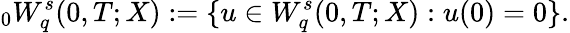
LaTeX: {}_{0}W_{q}^{s}(0,T;X):=\{ u\in W_{q}^{s}(0,T;X):u(0)=0\} .